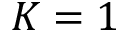
K = 1